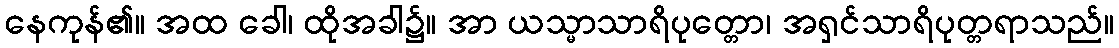
နေကုန်၏။ အထ ခေါ၊ ထိုအခါ၌။ အာ ယသ္မာသာရိပုတ္တော၊ အရှင်သာရိပုတ္တရာသည်။